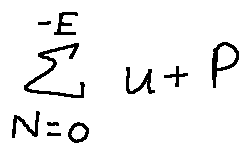
\sum \limits _ { N = o } ^ { - E } u + P